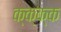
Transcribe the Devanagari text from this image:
क्क्क्क